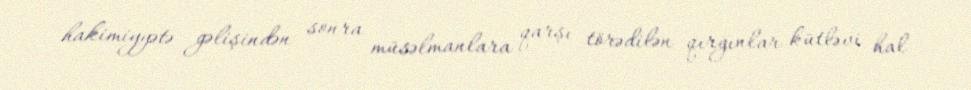
hakimiyyətə gəlişindən sonra müsəlmanlara qarşı törədilən qırğınlar kütləvi hal